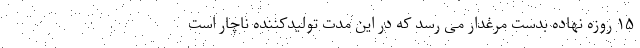
۱۵ روزه نهاده بدست مرغدار می رسد که در این مدت تولیدکننده ناچار است